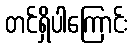
တင်ရှိပါကြောင်း